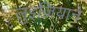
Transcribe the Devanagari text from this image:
लुइज़ियाने